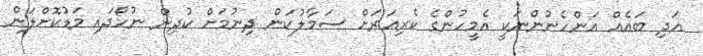
އަދި ބައެއް އަންހެނުންނަކީ އެމީހުންގެ ކެރިއަރަށް ސަމާލުކަން ދިނުމަށް ކުދިން ނުހޯދައި މަޑުކޮށްލަން